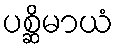
ပစ္ဆိမာယံ